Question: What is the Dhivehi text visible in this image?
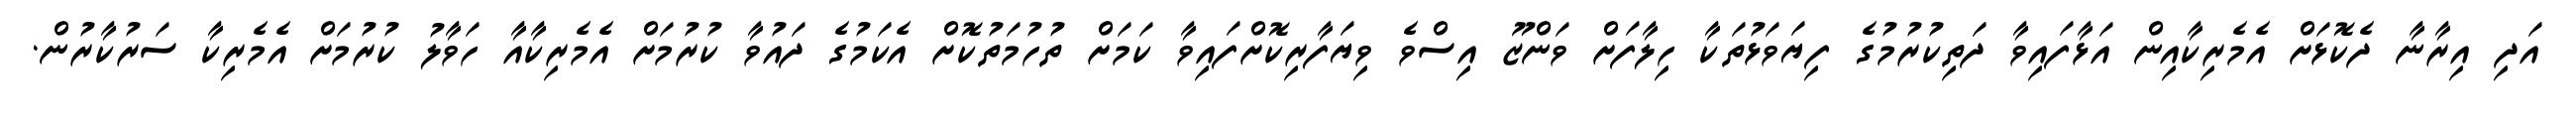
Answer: އަދި އިރާނާ ދެކޮޅަށް އެމެރިކާއިން އަޅާފައިވާ ދަތިކުރުމުގެ ފިޔަވަޅުތަކާ ހިލާފަށް ވަންޒޫ އިސްވެ ވިޔަފާރިކޮށްފައިވާ ކަމަށް ތުހުމަތުކޮށް އެކަމުގެ ދައުވާ ކުރުމަށް އެމެރިކާއާ ހަވާލު ކުރުމަށް އެމެރިކާ ސަރުކާރުން.